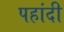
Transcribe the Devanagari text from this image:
पहांदी